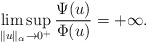
\begin{align*} \limsup_{\|u\|_\alpha\rightarrow 0^+}\frac{\Psi(u)}{\Phi(u)}=+\infty.\end{align*}